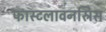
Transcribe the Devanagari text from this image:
फास्टलावनस्रिस